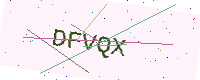
Text: DFVQX